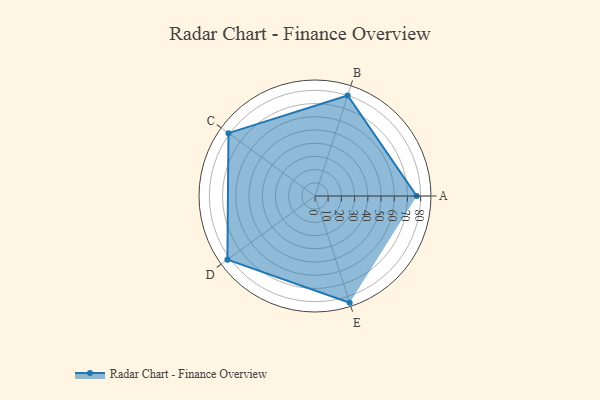
{"axis": {"x": "Skill", "y": "Score"}, "legend": ["Profile"], "data": [{"x": "A", "y": 77.0, "type": "Profile"}, {"x": "B", "y": 80.0, "type": "Profile"}, {"x": "C", "y": 81.0, "type": "Profile"}, {"x": "D", "y": 82.0, "type": "Profile"}, {"x": "E", "y": 85.0, "type": "Profile"}]}